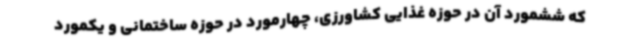
که ششمورد آن در حوزه غذایی کشاورزی، چهارمورد در حوزه ساختمانی و یکمورد